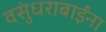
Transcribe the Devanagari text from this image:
वसुंधराबाईंना